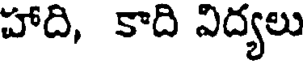
హాది, కాది విద్యలు